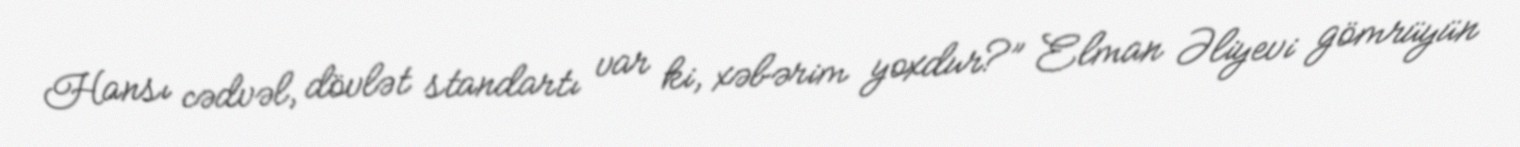
Hansı cədvəl, dövlət standartı var ki, xəbərim yoxdur?” Elman Əliyevi gömrüyün